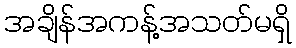
အချိန်အကန့်အသတ်မရှိ